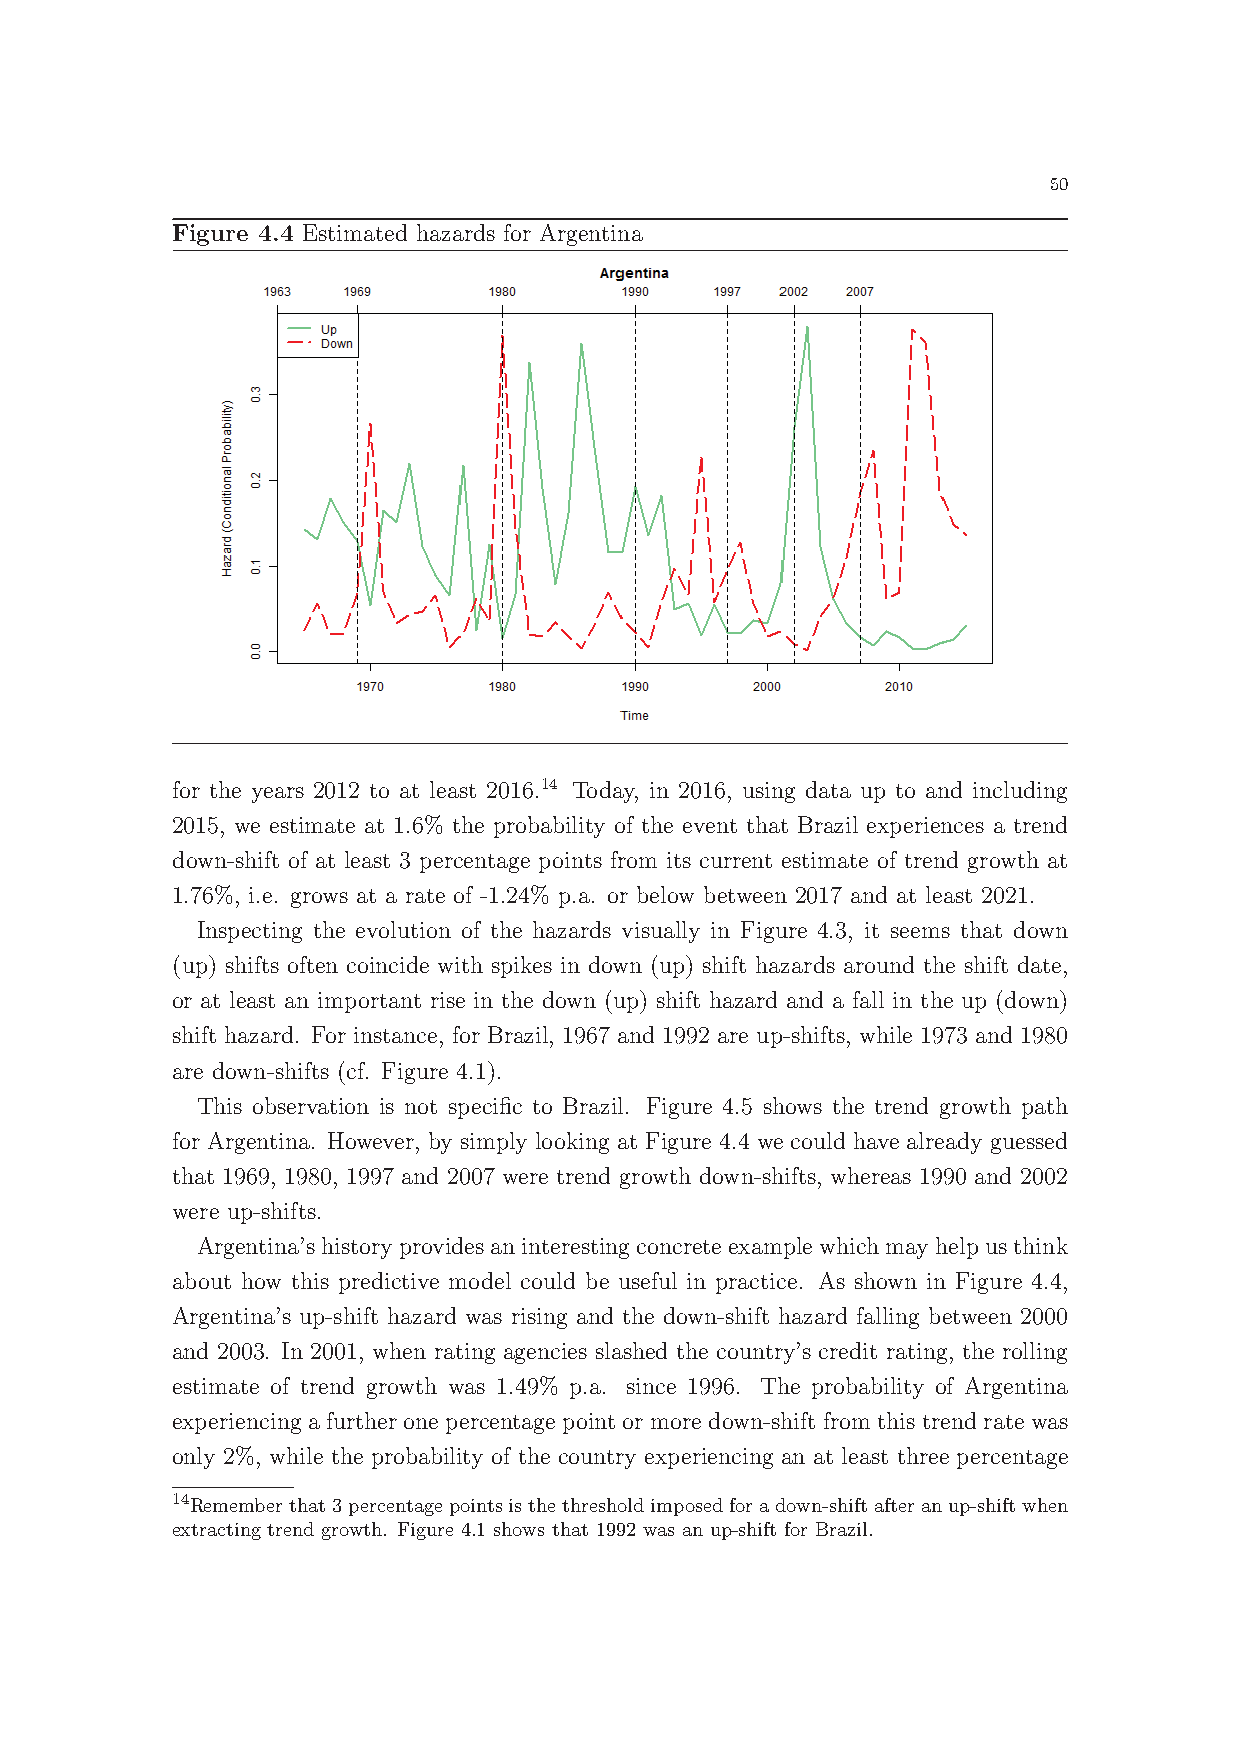
50
 Figure 4.4 Estimated hazards for Argentina
 for the years 2012 to at least 2016.14 Today, in 2016, using data up to and including
 2015, we estimate at 1.6% the probability of the event that Brazil experiences a trend
 down-shift of at least 3 percentage points from its current estimate of trend growth at
 1.76%, i.e. grows at a rate of -1.24% p.a. or below between 2017 and at least 2021.
 Inspecting the evolution of the hazards visually in Figure 4.3, it seems that down
 (up) shifts often coincide with spikes in down (up) shift hazards around the shift date,
 or at least an important rise in the down (up) shift hazard and a fall in the up (down)
 shift hazard. For instance, for Brazil, 1967 and 1992 are up-shifts, while 1973 and 1980
 are down-shifts (cf. Figure 4.1).
 This observation is not specific to Brazil. Figure 4.5 shows the trend growth path
 for Argentina. However, by simply looking at Figure 4.4 we could have already guessed
 that 1969, 1980, 1997 and 2007 were trend growth down-shifts, whereas 1990 and 2002
 were up-shifts.
 Argentina’shistoryprovidesaninterestingconcreteexamplewhichmayhelpusthink
 about how this predictive model could be useful in practice. As shown in Figure 4.4,
 Argentina’s up-shift hazard was rising and the down-shift hazard falling between 2000
 and 2003. In 2001, when rating agencies slashed the country’s credit rating, the rolling
 estimate of trend growth was 1.49% p.a. since 1996. The probability of Argentina
 experiencing a further one percentage point or more down-shift from this trend rate was
 only 2%, while the probability of the country experiencing an at least three percentage
 14
 Rememberthat3percentagepointsisthethresholdimposedforadown-shiftafteranup-shiftwhen
 extracting trend growth. Figure 4.1 shows that 1992 was an up-shift for Brazil.